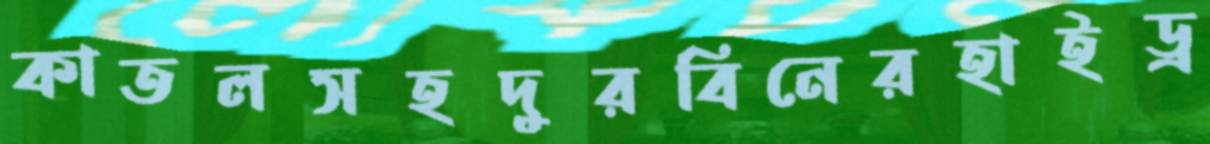
কাতলসহদুরবিনেরহাইড্র